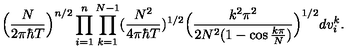
\Big ( \frac { N } { 2 \pi \hbar T } \Big ) ^ { n / 2 } \prod _ { i = 1 } ^ { n } \prod _ { k = 1 } ^ { N - 1 } ( \frac { N ^ { 2 } } { 4 \pi \hbar T } ) ^ { 1 / 2 } \Big ( \frac { k ^ { 2 } \pi ^ { 2 } } { 2 N ^ { 2 } ( 1 - \cos \frac { k \pi } { N } ) } \Big ) ^ { 1 / 2 } d v _ { i } ^ { k } .